Vaccination North-Western Provinces 1866-1877 - 1866-1877
Year: 1866
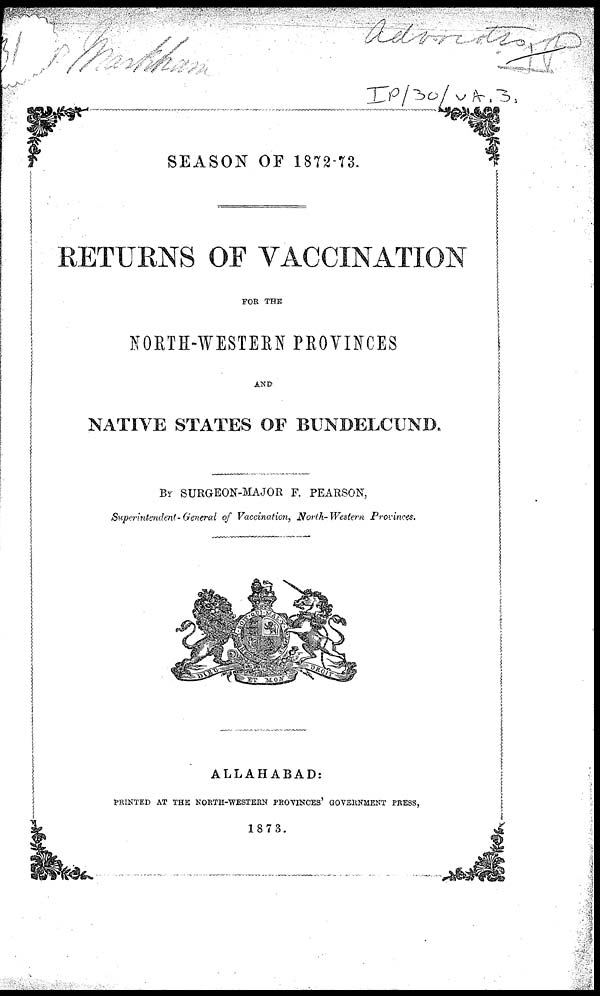
SEASON OF 1872-73.
RETURNS OF VACCINATION
FOR THE
NORTH-WESTERN PROVINCES
AND
NATIVE STATES OF BUNDELCUND.
By SURGEON-MAJOR F. PEARSON,
Superintendent-General of Vaccination, North-Western Provinces.
ALLAHABAD:
PRINTED AT THE NORTH-WESTERN PROVINCES' GOVERNMENT PRESS,
1873.